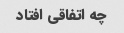
چه اتفاقی افتاد